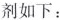
剂如下：